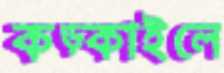
কড়্‌কাইলে